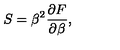
S = \beta ^ { 2 } { \frac { \partial F } { \partial \beta } } , ~